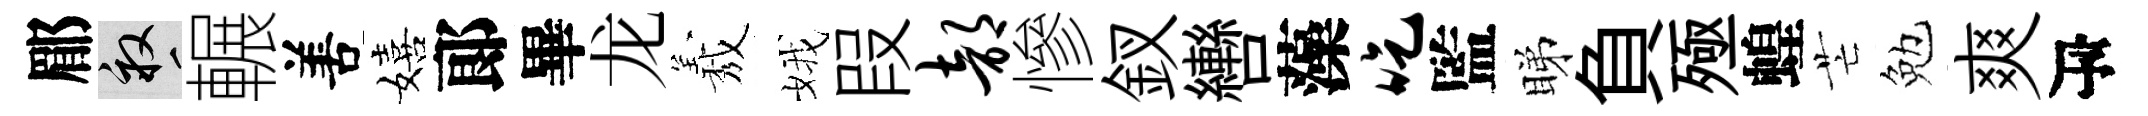
郿畝輾𠵊嬉郞畢龙𦏁娥叚部慘釵轡藻吃監睇負殛蝗芒勉爽瓴